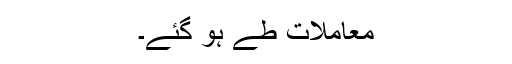
معاملات طے ہو گئے۔